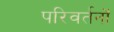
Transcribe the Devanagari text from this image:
परिवर्तनोँ